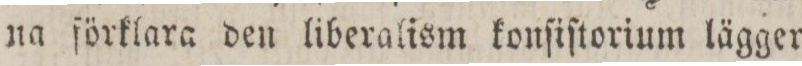
na förklara den liberalism konſiſtorium lägger